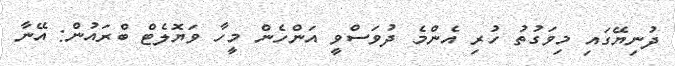
ދުނިޔޭގައި މިވަގުތު ހުރި އެންމެ ދުވަސްވީ އަންހެން މީހާ ވަޔޮލެޓް ބްރައުން: އޭނާ